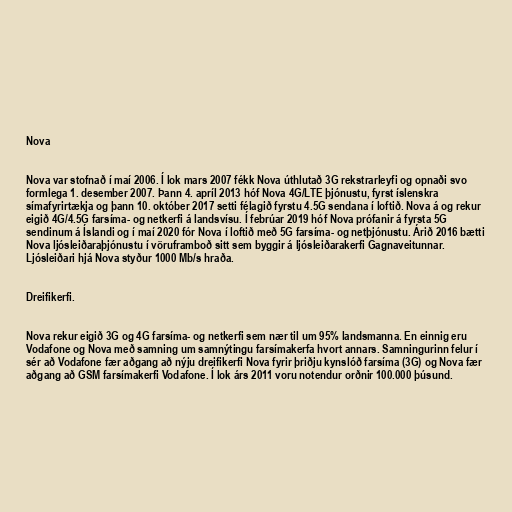
Nova

Nova var stofnað í maí 2006. Í lok mars 2007 fékk Nova úthlutað 3G rekstrarleyfi og opnaði svo
formlega 1. desember 2007. Þann 4. apríl 2013 hóf Nova 4G/LTE þjónustu, fyrst íslenskra
símafyrirtækja og þann 10. október 2017 setti félagið fyrstu 4.5G sendana í loftið. Nova á og rekur
eigið 4G/4.5G farsíma- og netkerfi á landsvísu. Í febrúar 2019 hóf Nova prófanir á fyrsta 5G
sendinum á Íslandi og í maí 2020 fór Nova í loftið með 5G farsíma- og netþjónustu. Árið 2016 bætti
Nova ljósleiðaraþjónustu í vöruframboð sitt sem byggir á ljósleiðarakerfi Gagnaveitunnar.
Ljósleiðari hjá Nova styður 1000 Mb/s hraða.

Dreifikerfi.

Nova rekur eigið 3G og 4G farsíma- og netkerfi sem nær til um 95% landsmanna. En einnig eru
Vodafone og Nova með samning um samnýtingu farsímakerfa hvort annars. Samningurinn felur í
sér að Vodafone fær aðgang að nýju dreifikerfi Nova fyrir þriðju kynslóð farsíma (3G) og Nova fær
aðgang að GSM farsímakerfi Vodafone. Í lok árs 2011 voru notendur orðnir 100.000 þúsund.